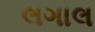
લગાલ